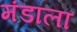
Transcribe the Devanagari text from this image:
मंडाला